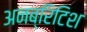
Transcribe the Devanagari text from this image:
अनब्रिटिश